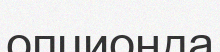
опционда